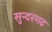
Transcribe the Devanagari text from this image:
सुन्दरगढ